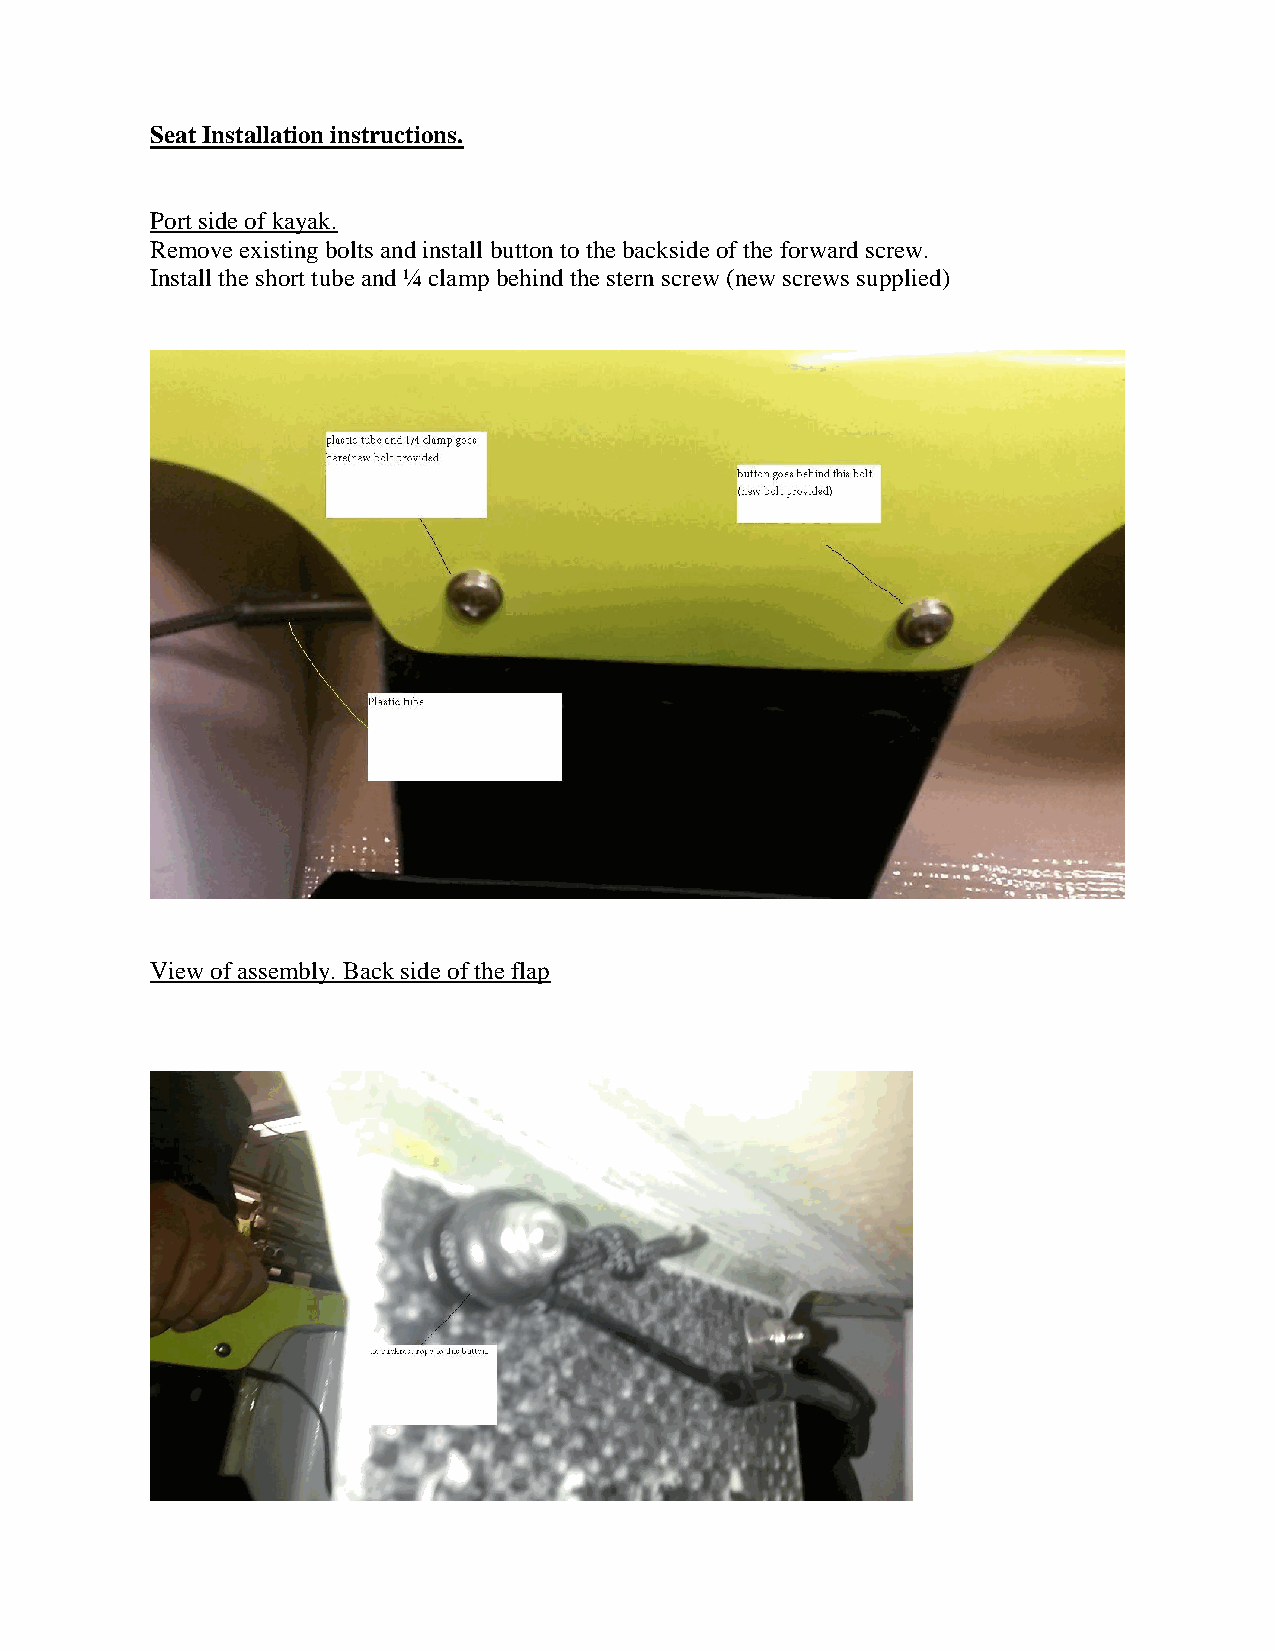
Seat Installation instructions.
 Port side of kayak.
 Remove existing bolts and install button to the backside of the forward screw.
 Install the short tube and ¼ clamp behind the stern screw (new screws supplied)
 View of assembly. Back side of the flap